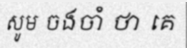
សូម ចងចាំ ថា គេ